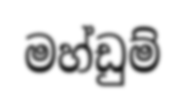
මහ්ඩුම්